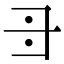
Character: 𠃠